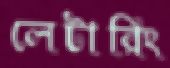
লেটারিং